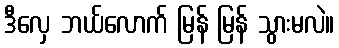
ဒီလှေ ဘယ်လောက် မြန် မြန် သွားမလဲ။